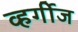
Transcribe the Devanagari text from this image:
व्हर्गीज